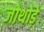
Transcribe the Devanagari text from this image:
जोथोड़े